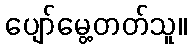
ပျော်မွေ့တတ်သူ။